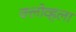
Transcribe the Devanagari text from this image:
क्लोव्हला